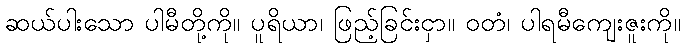
ဆယ်ပါးသော ပါမီတို့ကို။ ပူရိယာ၊ ဖြည့်ခြင်းငှာ။ ဝတံ၊ ပါရမီကျေးဇူးကို။